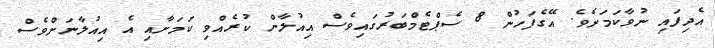
އެދިފައި ނުވާކަމަށެވެ. އޭގެފަހުން 8 ސެޕްޓެމްބަރުގައިވެސް އިއުލާން ކުރެއްވި ކަމަށާއި އެ އިއުލާނަށްވެސް